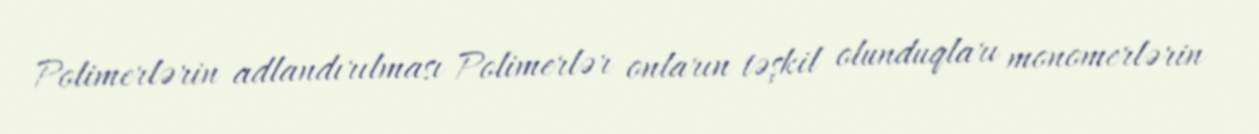
Polimerlərin adlandırılması Polimerlər onların təşkil olunduqları monomerlərin